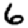
Digit: 6